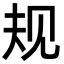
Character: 规